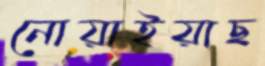
নোয়াইয়াছ